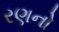
રણનો